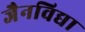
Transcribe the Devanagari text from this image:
जैनविद्या